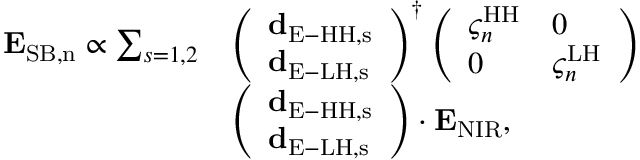
\begin{array} { r l } { { \bf E } _ { \mathrm { S B , n } } \propto \sum _ { s = 1 , 2 } } & { \left( \begin{array} { l } { { \bf d } _ { \mathrm { E - H H , s } } } \\ { { \bf d } _ { \mathrm { E - L H , s } } } \end{array} \right) ^ { \dag } \left( \begin{array} { l l } { \varsigma _ { n } ^ { \mathrm { H H } } } & { 0 } \\ { 0 } & { \varsigma _ { n } ^ { \mathrm { L H } } } \end{array} \right) } \\ & { \left( \begin{array} { l } { { \bf d } _ { \mathrm { E - H H , s } } } \\ { { \bf d } _ { \mathrm { E - L H , s } } } \end{array} \right) \cdot { \bf E } _ { \mathrm { N I R } } , } \end{array}